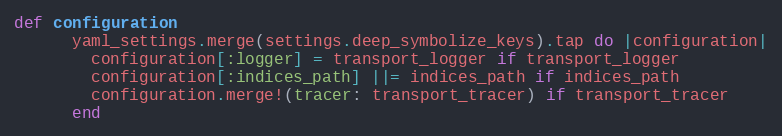
Language: Ruby
def configuration
      yaml_settings.merge(settings.deep_symbolize_keys).tap do |configuration|
        configuration[:logger] = transport_logger if transport_logger
        configuration[:indices_path] ||= indices_path if indices_path
        configuration.merge!(tracer: transport_tracer) if transport_tracer
      end